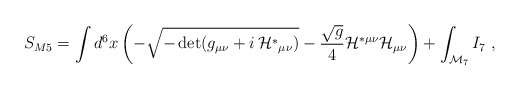
\begin{align*}S_{M5}=\int d^6 x \left(- \sqrt{-\det (g_{\mu\nu}+i\, {\cal H}^*{}_{\mu\nu})}-\frac{\sqrt{g}}4 {\cal H}^{*\mu\nu}{\cal H}_{\mu\nu} \right)+\int_{{\cal M}_7} I_7\ , \end{align*}